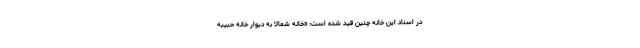
در اسناد این خانه چنین قید شده است: «خانه شمالا به دیوار خانه حبیبه